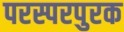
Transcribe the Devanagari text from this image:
परस्परपुरक